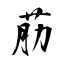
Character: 荕